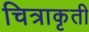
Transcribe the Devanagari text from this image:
चित्राकृती